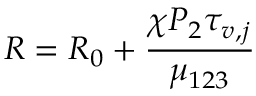
R = R _ { 0 } + \frac { \chi P _ { 2 } \tau _ { v , j } } { \mu _ { 1 2 3 } }